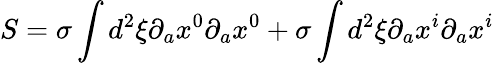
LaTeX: S=\sigma\int d^{2}\xi\partial_{a}x^{0}\partial_{a}x^{0}+\sigma\int d^{2}\xi\partial_{a}x^{i}\partial_{a}x^{i}